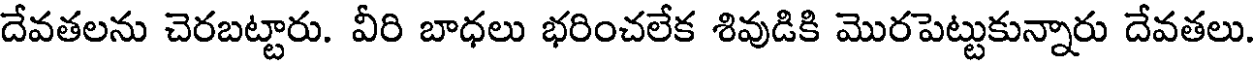
దేవతలను చెరబట్టారు. వీరి బాధలు భరించలేక శివుడికి మొరపెట్టుకున్నారు దేవతలు